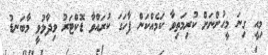
މިއީ ގިނަ މީހުންނަށް ކުރިމަތިވާ ކަމެއްކަން ފާހަގަ ކުރައްވާ ޑޮކްޓަރު ވިދާޅުވީ މާބަނޑު